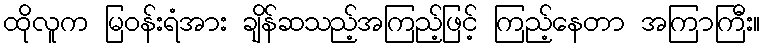
ထိုလူက မြဝန်းရံအား ချိန်ဆသည့်အကြည့်ဖြင့် ကြည့်နေတာ အကြာကြီး။